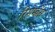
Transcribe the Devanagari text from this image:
रिमेम्ब्रेंस